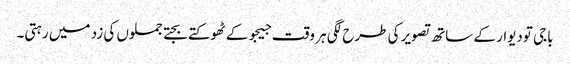
باجی تودیوار کے ساتھ تصویر کی طرح لگی ہر وقت جیجو کے ٹھوکتے بجتے جملوں کی زد میں رہتی۔